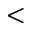
<